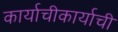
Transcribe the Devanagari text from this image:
कार्याचीकार्याची